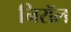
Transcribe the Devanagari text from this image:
निरॉल